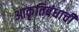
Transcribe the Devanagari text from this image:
आकृतिबंधाची